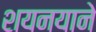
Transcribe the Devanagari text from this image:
शयनयाने